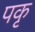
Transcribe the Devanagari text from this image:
पकृ